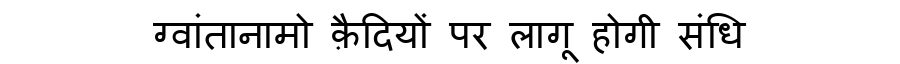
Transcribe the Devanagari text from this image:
ग्वांतानामो क़ैदियों पर लागू होगी संधि